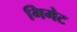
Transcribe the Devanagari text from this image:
गिमेट